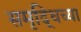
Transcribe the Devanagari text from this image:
समृद्धिच्या